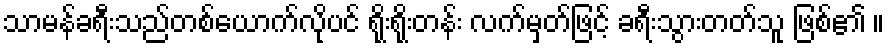
သာမန်ခရီးသည်တစ်ယောက်လိုပင် ရိုးရိုးတန်း လက်မှတ်ဖြင့် ခရီးသွားတတ်သူ ဖြစ်၏ ။